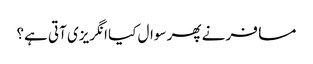
مسافر نے پھر سوال کیا انگریزی آتی ہے؟